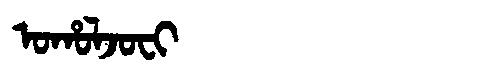
Manchu: ᠣᡥᠣᠯᠵᠣᠸᡳ
Romanization: OHOLJOFI